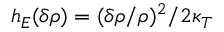
h _ { E } ( \delta \rho ) = ( \delta \rho / \rho ) ^ { 2 } / 2 \kappa _ { T }